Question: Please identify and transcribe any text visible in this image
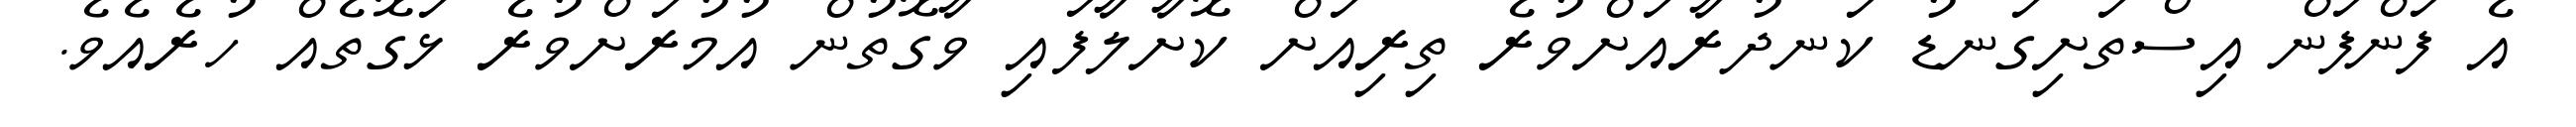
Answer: އެ ފަންފަން އިސްތަށިގަނޑު ކަނދުރާއަށްވުރެ ތިރިއަށް ކޮށާލާފައި ވާގޮތުން އުމުރަށްވުރެ ޅަގޮތެއް ހުރެއެވެ.